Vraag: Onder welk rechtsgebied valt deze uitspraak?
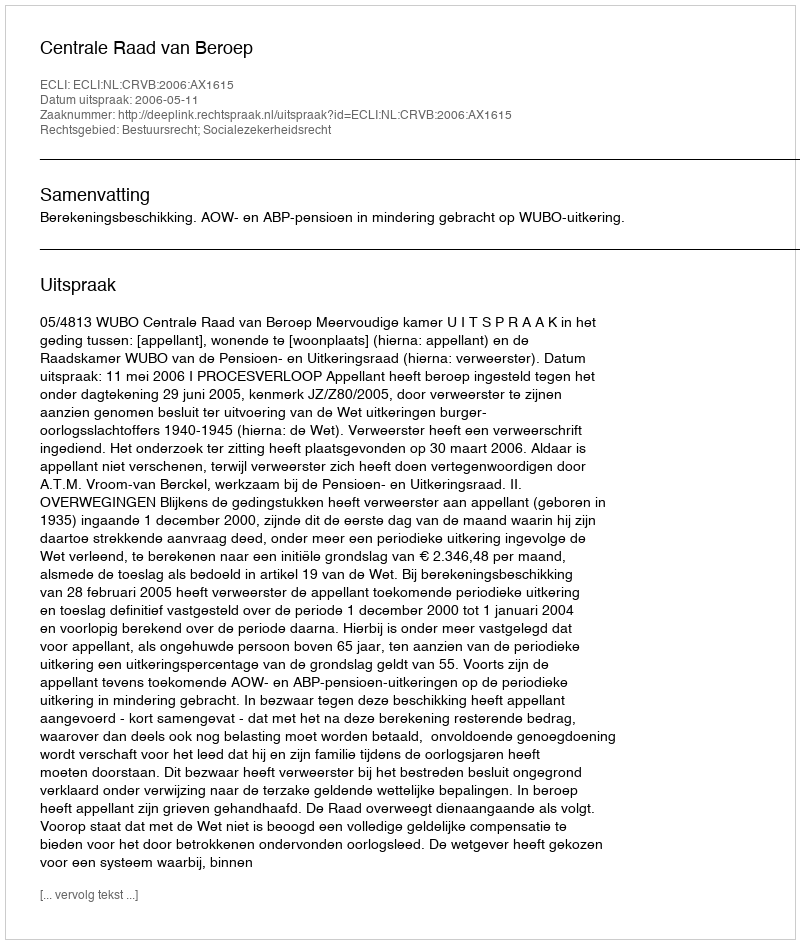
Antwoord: Bestuursrecht; Socialezekerheidsrecht